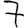
Digit: 7